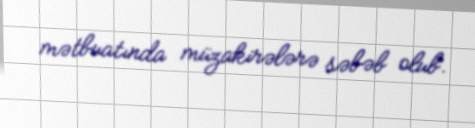
mətbuatında müzakirələrə səbəb olub.